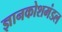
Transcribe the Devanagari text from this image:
ज्ञानकोशमंडल